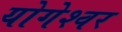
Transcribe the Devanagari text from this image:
योगेश्‍वर